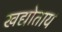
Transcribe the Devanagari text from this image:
खद्योताय